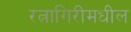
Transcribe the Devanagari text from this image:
रत्नागिरीमधील